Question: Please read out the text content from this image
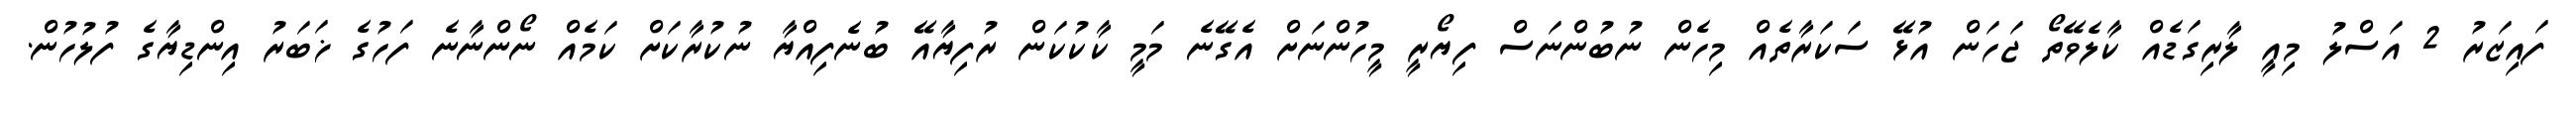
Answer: ފައިޒަރު 2 އަސްލު މިއީ ލާރިގަޑެއް ކާލެވޭތޯ ޖަހަން އުޅޭ ސަކަރާތެއް މިހެން ނުބުންނަސް ފިޔޯރީ މީހުންނަށް އެގޭނެ މަމީ ކާކުކަން ރުފިޔާއޭ ބުނެފިއްޔާ ނުކުރާކަށް ކަމެއް ނޯންނާނެ ފަހުގެ ޚަބަރު އިންޑިޔާގެ ފުލުހުން.